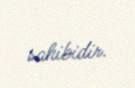
sahibidir.